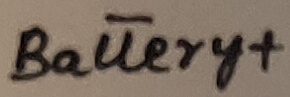
Text: Battery+